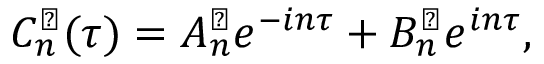
C _ { n } ^ { \perp } ( \tau ) = A _ { n } ^ { \perp } e ^ { - i n \tau } + B _ { n } ^ { \perp } e ^ { i n \tau } ,